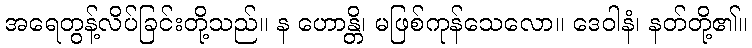
အရေတွန့်လိပ်ခြင်းတို့သည်။ န ဟောန္တိ၊ မဖြစ်ကုန်သေလော။ ဒေဝါနံ၊ နတ်တို့၏။